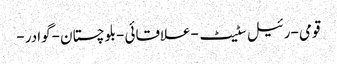
قومی -رئیل سٹیٹ -علاقائی -بلوچستان -گوادر -